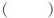
( )